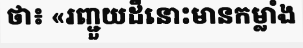
ថា៖ «រញ្ជួយដីនោះមានកម្លាំង